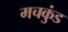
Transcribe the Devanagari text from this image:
मचकुंड